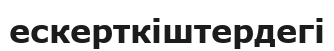
ескерткіштердегі